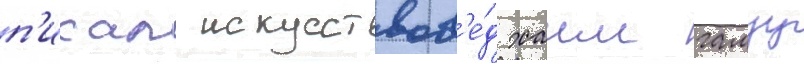
п'исал искусствов'е́д хаим гамзу